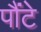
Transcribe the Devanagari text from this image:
पौंटे